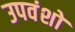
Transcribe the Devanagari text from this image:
उपवंशों